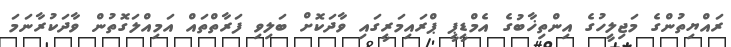
ރައްޔިތުންގެ މަޖިލީހުގެ އިންތިޚާބުގެ އެމްޑީޕީ ޕްރައިމަރީގައި ވާދަކޮށް ބަލިވި ފަރާތްތައް އަމިއްލަގޮތުން ވާދަކުރާނަމަ